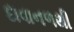
દાવાનળથી